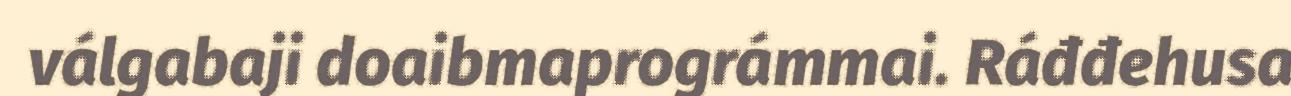
válgabaji doaibmaprográmmai. Ráđđehusa